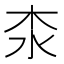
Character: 𣏶